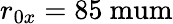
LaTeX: r_{0x}=85\mathrm{\ mum}